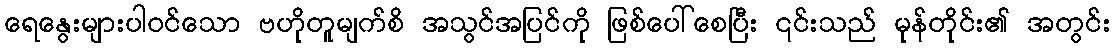
ရေနွေးများပါဝင်သော ဗဟိုတူမျက်စိ အသွင်အပြင်ကို ဖြစ်ပေါ်စေပြီး ၎င်းသည် မုန်တိုင်း၏ အတွင်း